Problem: 4 × 8 = ?
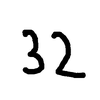
Handwritten answer: 32